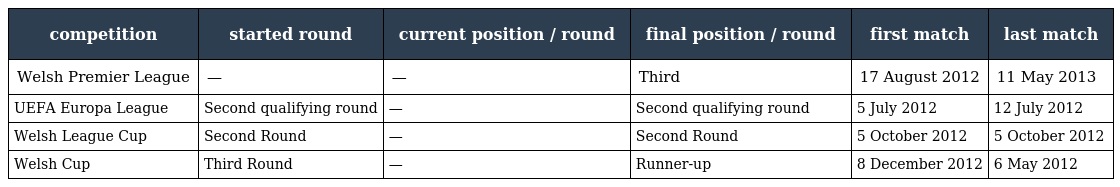
| competition | started round | current position / round | final position / round | first match | last match |
 | --- | --- | --- | --- | --- | --- |
 | Welsh Premier League | — | — | Third | 17 August 2012 | 11 May 2013 |
 | UEFA Europa League | Second qualifying round | — | Second qualifying round | 5 July 2012 | 12 July 2012 |
 | Welsh League Cup | Second Round | — | Second Round | 5 October 2012 | 5 October 2012 |
 | Welsh Cup | Third Round | — | Runner-up | 8 December 2012 | 6 May 2012 |